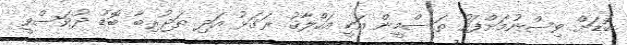
ބޮޑަށް ވިސްނުމަށްފަހު ތަސްމީން އަކީ އަހްލާޤު ރަގަޅު އަދި ތަޖުރިބާ ބޮޑު ދުވަސްވީ